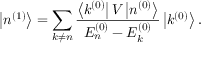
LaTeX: \left| n ^ { ( 1 ) } \right\rangle = \sum _ { k \neq n } { \frac { \left\langle k ^ { ( 0 ) } \right| V \left| n ^ { ( 0 ) } \right\rangle } { E _ { n } ^ { ( 0 ) } - E _ { k } ^ { ( 0 ) } } } \left| k ^ { ( 0 ) } \right\rangle .